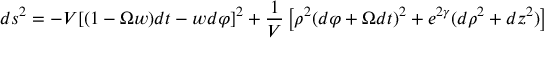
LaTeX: \nonumber d s ^ { 2 } = - V [ ( 1 - \Omega w ) d t - w d \varphi ] ^ { 2 } + { \frac { 1 } { V } } \left[ \rho ^ { 2 } ( d \varphi + \Omega d t ) ^ { 2 } + e ^ { 2 \gamma } ( d \rho ^ { 2 } + d z ^ { 2 } ) \right]